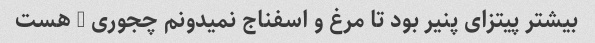
بیشتر پیتزای پنیر بود تا مرغ و اسفناج نمیدونم چجوری - هست